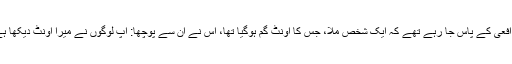
وہ افعی کے پاس جا رہے تھے کہ ایک شخص ملا، جس کا اونٹ گم ہوگیا تھا، اس نے ان سے پوچھا: آپ لوگوں نے میرا اونٹ دیکھا ہے؟